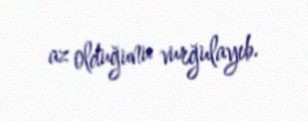
az olduğunu vurğulayıb.